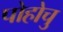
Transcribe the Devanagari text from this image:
पोहोचु